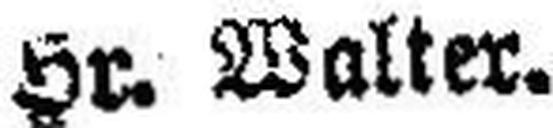
Hr. Walter.